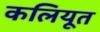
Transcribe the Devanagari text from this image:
कलियूत